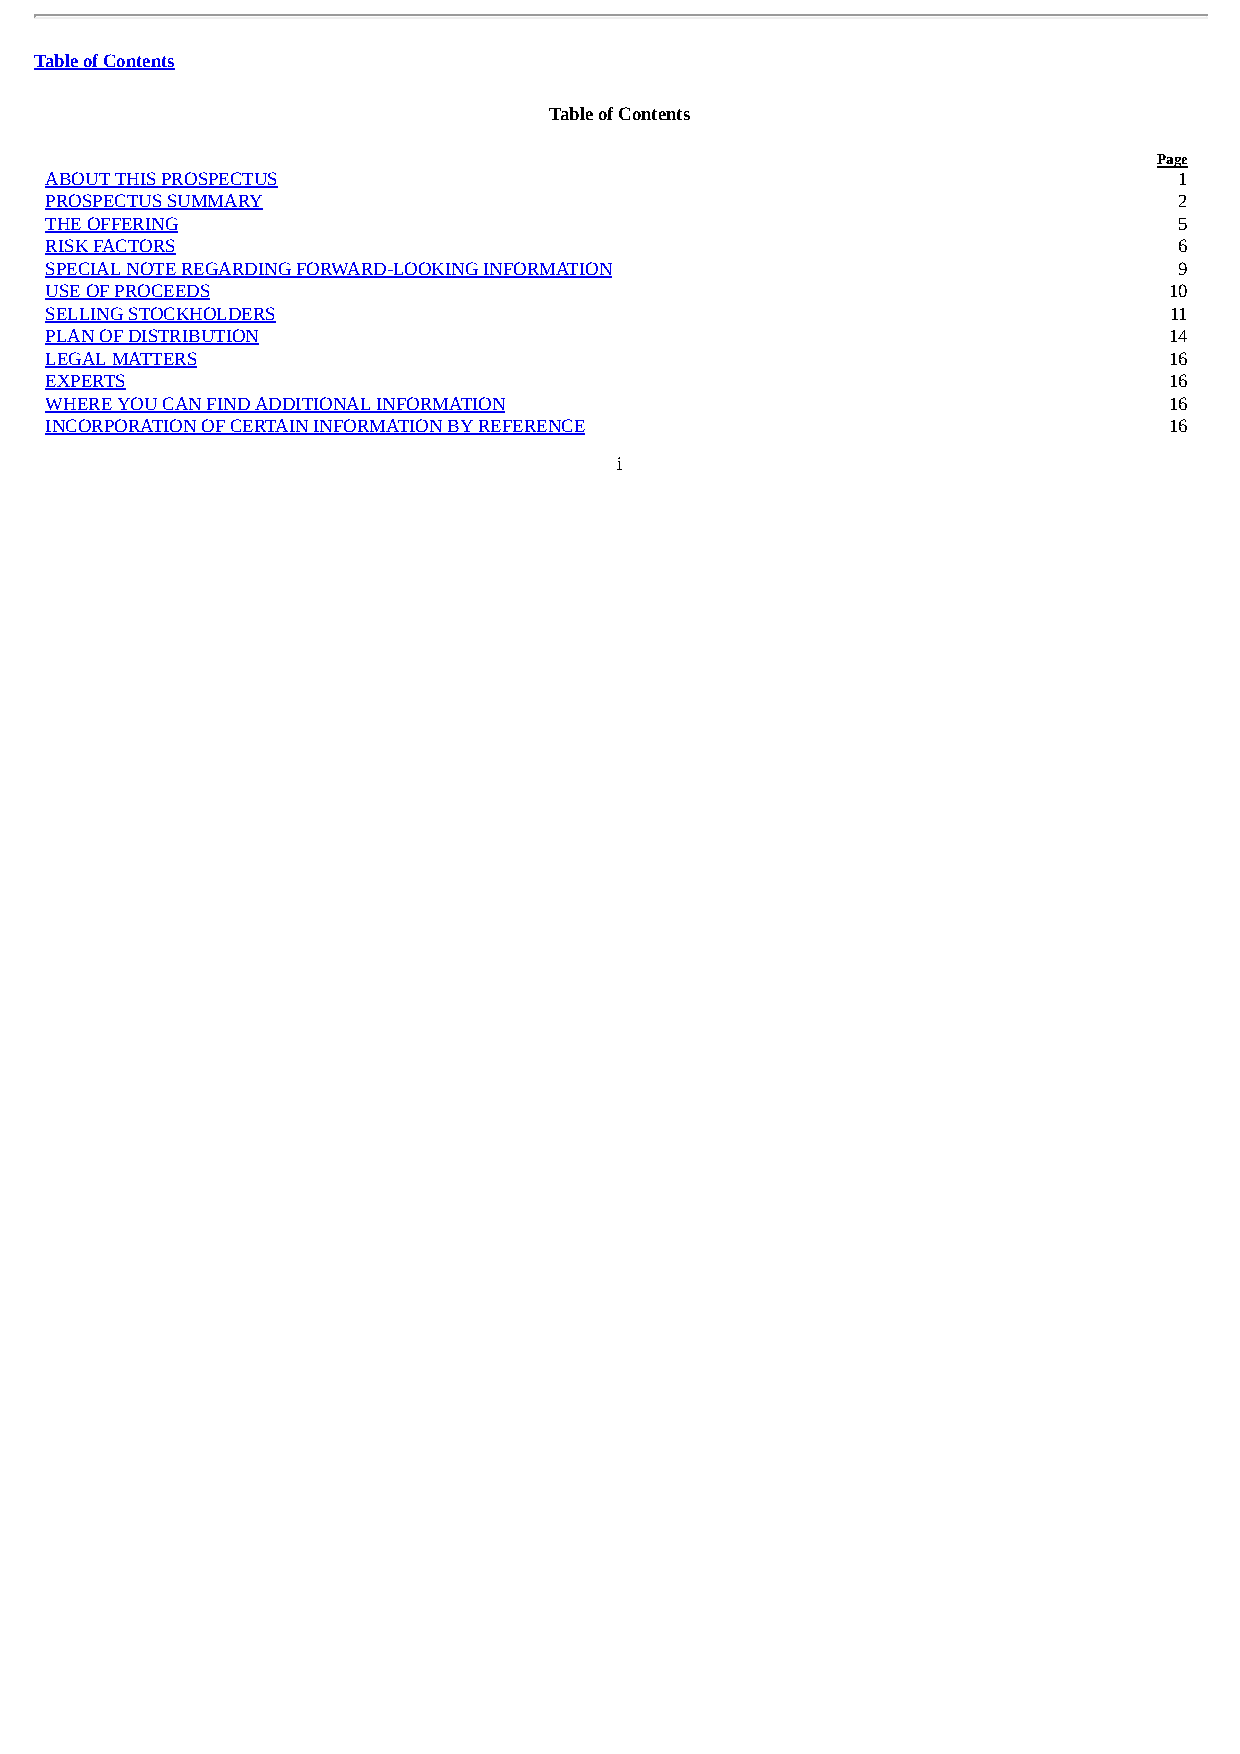
Table of Contents
 Table of Contents
 Page
 ABOUT THIS PROSPECTUS                                                      1
 PROSPECTUS SUMMARY                                                         2
 THE OFFERING                                                               5
 RISK FACTORS                                                               6
 SPECIAL NOTE REGARDING FORWARD-LOOKING INFORMATION                         9
 USE OF PROCEEDS                                                           10
 SELLING STOCKHOLDERS                                                      11
 PLAN OF DISTRIBUTION                                                      14
 LEGAL MATTERS                                                             16
 EXPERTS                                                                   16
 WHERE YOU CAN FIND ADDITIONAL INFORMATION                                 16
 INCORPORATION OF CERTAIN INFORMATION BY REFERENCE                         16
 i